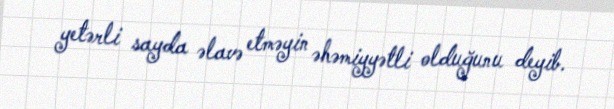
yetərli sayda əlavə etməyin əhəmiyyətli olduğunu deyib.